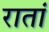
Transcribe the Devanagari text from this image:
रातां